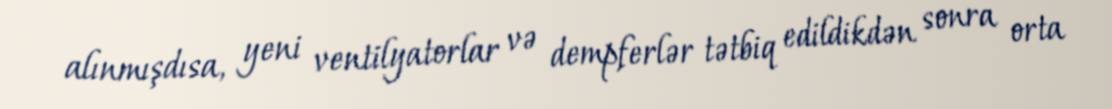
alınmışdısa, yeni ventilyatorlar və dempferlər tətbiq edildikdən sonra orta